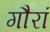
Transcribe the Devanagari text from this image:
गौरां